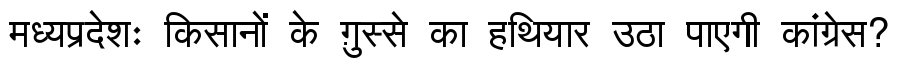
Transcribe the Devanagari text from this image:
मध्यप्रदेशः किसानों के ग़ुस्से का हथियार उठा पाएगी कांग्रेस?